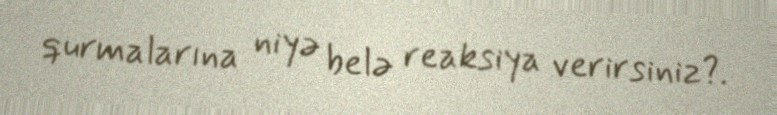
qurmalarına niyə belə reaksiya verirsiniz?.